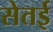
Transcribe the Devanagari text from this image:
सेतई